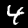
Digit: 4